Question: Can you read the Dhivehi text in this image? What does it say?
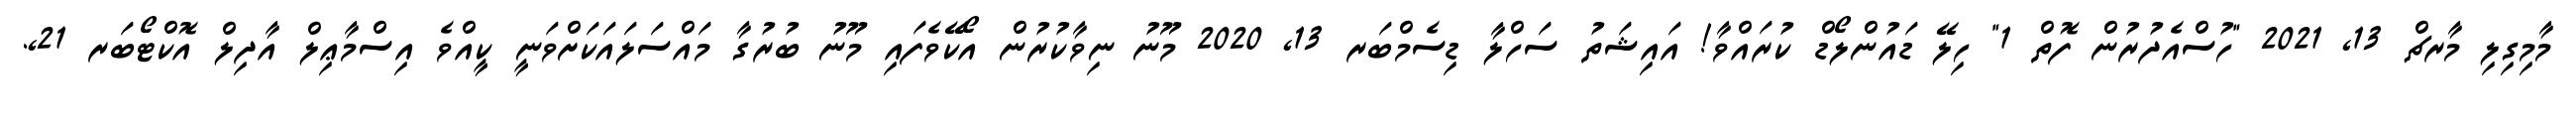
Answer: މާމިގިލި މާރޗް 13, 2021 "ހުސްއެދުރުން ފޮތް 1" ހިލޭ ޑައުންލޯޑް ކުރައްވާ! އައިޝަތު ސަހްލާ ޑިސެމްބަރ 13, 2020 މޫނު ނިވާކުރުން އޯކޭވެފައި މޫނު ބުރުގާ މައްސަލައަކަށްވަނީ ކީއްވެ އިސްމާޢިލް އާދިލް އޮކްޓޯބަރ 21,.